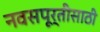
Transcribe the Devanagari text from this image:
नवसपूर्तीसाठी